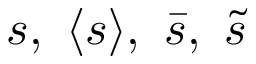
s , \ \langle s \rangle , \ \bar { s } , \ \tilde { s }